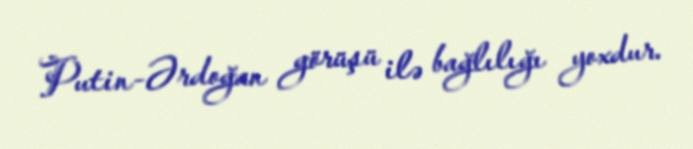
Putin-Ərdoğan görüşü ilə bağlılığı yoxdur.